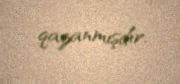
qazanmışdır.